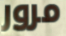
مرور